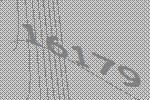
16179